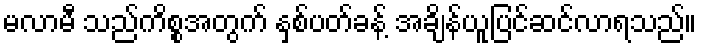
မလာမီ သည်ကိစ္စအတွက် နှစ်ပတ်ခန့် အချိန်ယူပြင်ဆင်လာရသည်။